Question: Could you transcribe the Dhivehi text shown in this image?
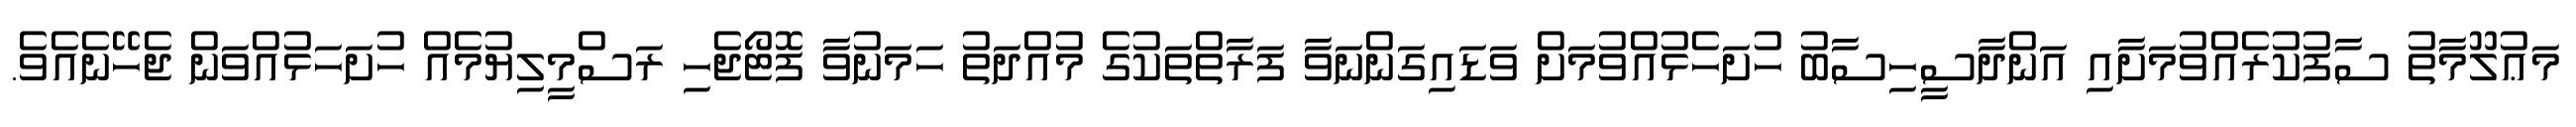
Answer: މަޢުލޫމާތު ސާފުކުރެއްވުމަށާއި އަންދާސީހިސާބު ހުށަހެޅުއްވުމަށް ވަޑައިގަންނަވާ ފަރާތްތަކުގެ މުއްދަތު ހަމަނުވާ ފޮޓޯޖެހި ރަސްމީލިޔުމެއް ހުށަހަޅުއްވަން ޖެހޭނެއެވެ.